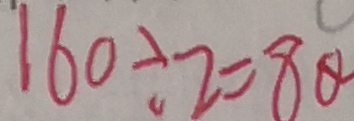
1 6 0 \div 2 = 8 0